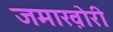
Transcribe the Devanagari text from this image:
जमाख़ोरी